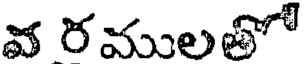
వ రములతో